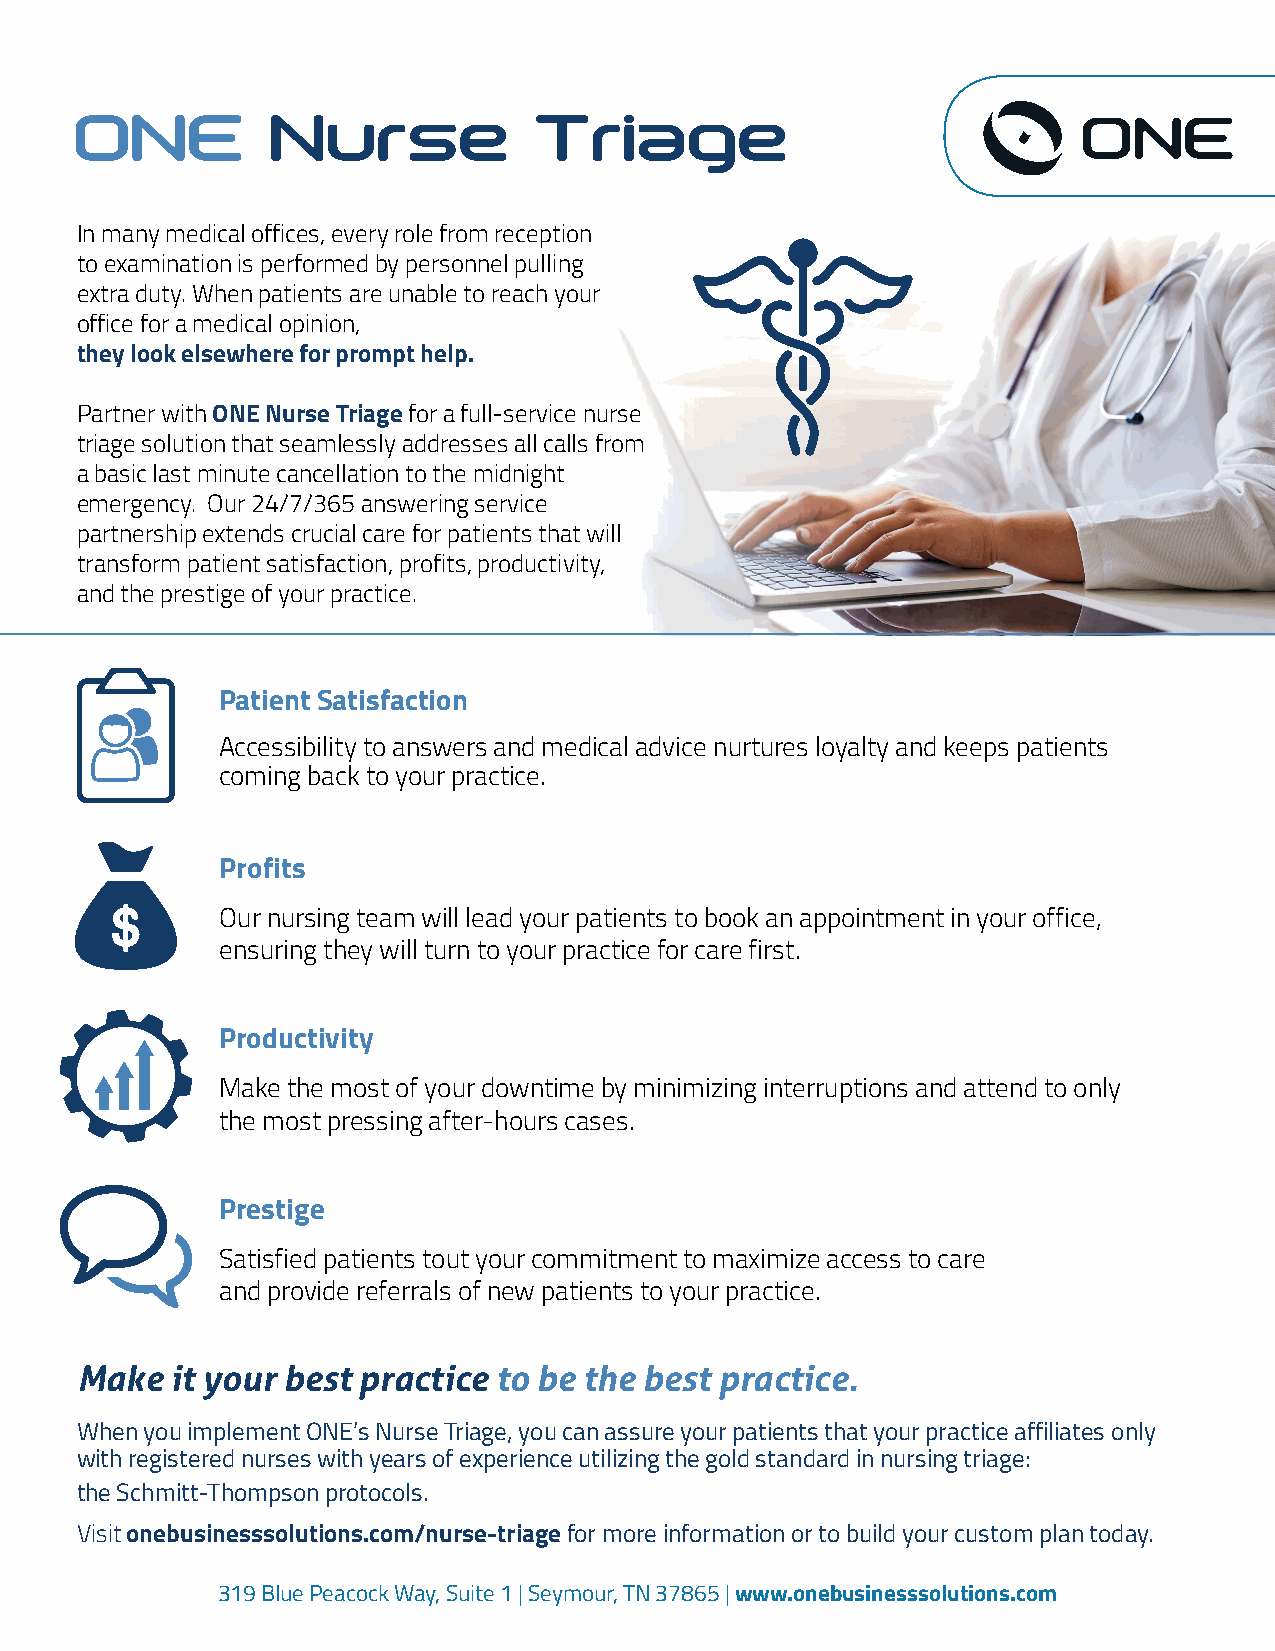
ONE          Nurse             Triage
 In many medical offices, every role from reception
 to examination is performed by personnel pulling
 extra duty. When patients are unable to reach your
 office for a medical opinion,
 they look elsewhere for prompt help.
 Partner with ONE Nurse Triage for a full-service nurse
 triage solution that seamlessly addresses all calls from
 a basic last minute cancellation to the midnight
 emergency. Our 24/7/365 answering service
 partnership extends crucial care for patients that will
 transform patient satisfaction, profits, productivity,
 and the prestige of your practice.
 Patient Satisfaction
 Accessibility to answers and medical advice nurtures loyalty and keeps patients
 coming back to your practice.
 Profits
 Our nursing team will lead your patients to book an appointment in your office,
 ensuring they will turn to your practice for care first.
 Productivity
 Make the most of your downtime by minimizing interruptions and attend to only
 the most pressing after-hours cases.
 Prestige
 Satisfied patients tout your commitment to maximize access to care
 and provide referrals of new patients to your practice.
 Make  it your best practice to be the best practice.
 When you implement ONE’s Nurse Triage, you can assure your patients that your practice affiliates only
 with registered nurses with years of experience utilizing the gold standard in nursing triage:
 the Schmitt-Thompson protocols.
 Visit onebusinesssolutions.com/nurse-triage for more information or to build your custom plan today.
 319 Blue Peacock Way, Suite 1 | Seymour, TN 37865 | www.onebusinesssolutions.com